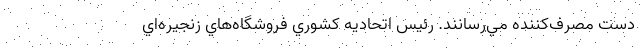
دست مصرف‌كننده مي‌رسانند. رئيس اتحاديه كشوري فروشگاه‌هاي زنجيره‌اي